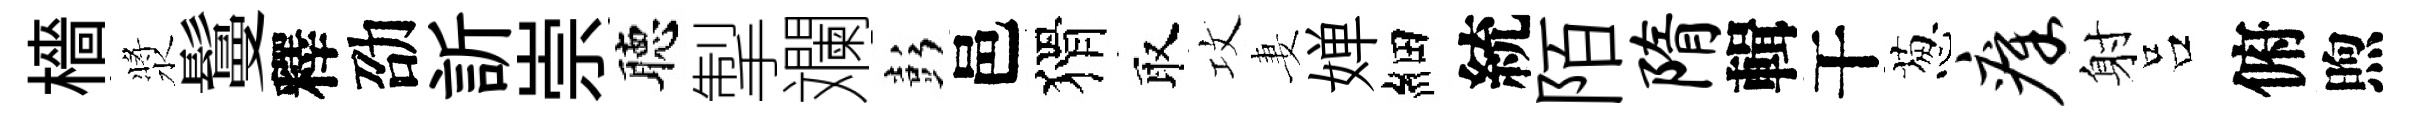
檣漿鬘釋劭訢崇聴掣斕彭邑猾取攻妻婵細統陌隋輯干葱瘴射吕俯煦